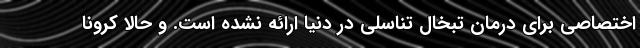
اختصاصی برای درمان تبخال تناسلی در دنیا ارائه نشده است. و حالا کرونا